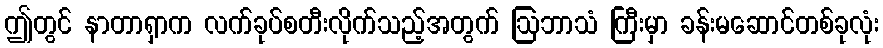
ဤတွင် နာတာရှာက လက်ခုပ်စတီးလိုက်သည့်အတွက် ဩဘာသံ ကြီးမှာ ခန်းမဆောင်တစ်ခုလုံး